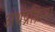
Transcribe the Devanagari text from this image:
अर्थप्रक्रिया